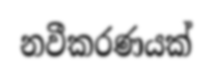
නවීකරණයක්